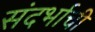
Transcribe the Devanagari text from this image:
संदर्भाची